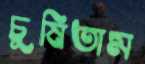
চুষিতাম